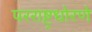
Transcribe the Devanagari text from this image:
परराष्ट्रधोरणे